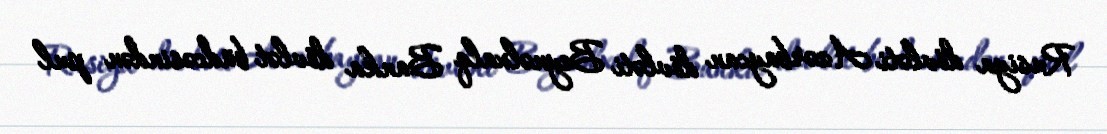
Rusiya dövləti Azərbaycan dövləti Beynəlxalq Banka dövlət büdcəsindən pul